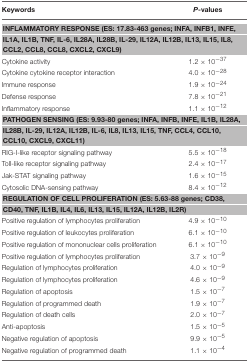
<table><thead><tr><td><b>Keywords</b></td><td><b><i>P</i>-values</b></td></tr></thead><tbody><tr><td colspan="2"><b>INFLAMMATORY RESPONSE (ES: 17.83-463 genes; INFA, INFB1, INFE, IL1A, IL1B, TNF, IL-6, IL28A, IL28B, IL-29, IL12A, IL12B, IL13, IL15, IL8, CCL2, CCL8, CCL8, CXCL2, CXCL9)</b></td></tr><tr><td>Cytokine activity</td><td>1.2 × 10<sup>−37</sup></td></tr><tr><td>Cytokine cytokine receptor interaction</td><td>4.0 × 10<sup>−28</sup></td></tr><tr><td>Immune response</td><td>1.9 × 10<sup>−24</sup></td></tr><tr><td>Defense response</td><td>7.8 × 10<sup>−21</sup></td></tr><tr><td>Inflammatory response</td><td>1.1 × 10<sup>−12</sup></td></tr><tr><td colspan="2"><b>PATHOGEN SENSING (ES: 9.93-80 genes; INFA, INFB, INFE, IL1B, IL28A, IL28B, IL-29, IL12A, IL12B, IL-6, IL8, IL13, IL15, TNF, CCL4, CCL10, CCL10, CXCL9, CXCL11)</b></td></tr><tr><td>RIG-I-like receptor signaling pathway</td><td>5.5 × 10<sup>−18</sup></td></tr><tr><td>Toll-like receptor signaling pathway</td><td>2.4 × 10<sup>−17</sup></td></tr><tr><td>Jak-STAT signaling pathway</td><td>1.6 × 10<sup>−15</sup></td></tr><tr><td>Cytosolic DNA-sensing pathway</td><td>8.4 × 10<sup>−12</sup></td></tr><tr><td colspan="2"><b>REGULATION OF CELL PROLIFERATION (ES: 5.63-88 genes; CD38, CD40, TNF, IL1B, IL4, IL6, IL13, IL15, IL12A, IL12B, IL2R)</b></td></tr><tr><td>Positive regulation of lymphocytes proliferation</td><td>4.9 × 10<sup>−10</sup></td></tr><tr><td>Positive regulation of leukocytes proliferation</td><td>6.1 × 10<sup>−10</sup></td></tr><tr><td>Positive regulation of mononuclear cells proliferation</td><td>6.1 × 10<sup>−10</sup></td></tr><tr><td>Positive regulation of lymphocytes proliferation</td><td>3.7 × 10<sup>−9</sup></td></tr><tr><td>Regulation of lymphocytes proliferation</td><td>4.0 × 10<sup>−9</sup></td></tr><tr><td>Regulation of lymphocytes proliferation</td><td>4.6 × 10<sup>−9</sup></td></tr><tr><td>Regulation of apoptosis</td><td>1.5 × 10<sup>−7</sup></td></tr><tr><td>Regulation of programmed death</td><td>1.9 × 10<sup>−7</sup></td></tr><tr><td>Regulation of death cells</td><td>2.0 × 10<sup>−7</sup></td></tr><tr><td>Anti-apoptosis</td><td>1.5 × 10<sup>−5</sup></td></tr><tr><td>Negative regulation of apoptosis</td><td>9.9 × 10<sup>−5</sup></td></tr><tr><td>Negative regulation of programmed death</td><td>1.1 × 10<sup>−4</sup></td></tr></tbody></table>